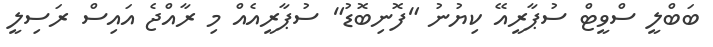
ބަބްލީ ސްވީޓް ސުޕާރީއޭ ކިޔުނު "ފޮނިބޮޑު" ސުޕާރީއެއް މި ރާއްޖެ އައިސް ރަސިލީ